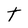
Character: t